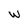
Character: W